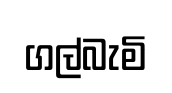
ගල්බැමි